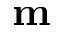
\mathbf { m }